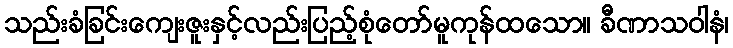
သည်းခံခြင်းကျေးဇူးနှင့်လည်းပြည့်စုံတော်မူကုန်ထသော။ ခီဏာသဝါနံ၊